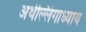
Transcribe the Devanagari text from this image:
अर्थल्लिंगाध्याय